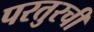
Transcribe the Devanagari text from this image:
परतुरची